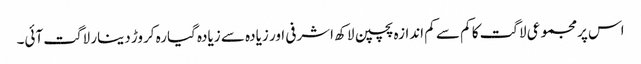
اس پرمجموعی لاگت کا کم سے کم اندازہ پچپن لاکھ اشرفی اور زیادہ سے زیادہ گیارہ کروڑ دینار لاگت آئی۔